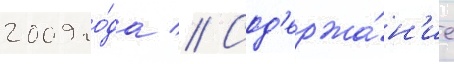
2009 го́да // Сод'ержа́н'ие